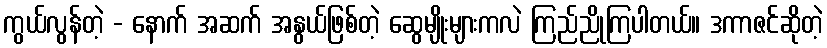
ကွယ်လွန်တဲ့ - နောက် အဆက် အနွယ်ဖြစ်တဲ့ ဆွေမျိုးများကလဲ ကြည်ညိုကြပါတယ်။ ဒကာဇင်ဆိုတဲ့